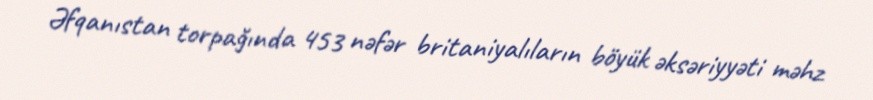
Əfqanıstan torpağında 453 nəfər britaniyalıların böyük əksəriyyəti məhz